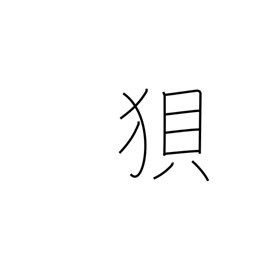
Meaning: wolf